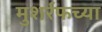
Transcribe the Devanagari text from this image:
मुशर्रफच्या